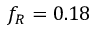
f _ { R } = 0 . 1 8